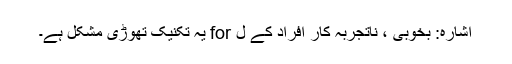
اشارہ: بخوبی ، ناتجربہ کار افراد کے ل for یہ تکنیک تھوڑی مشکل ہے۔